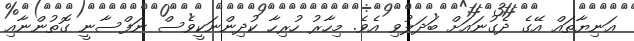
އަނިޔާތައް އޭގެ ދެގުނައަށް ބަދަލުވި އެވެ. މިހާރު ހުރިހާ ކުދިންނަކީވެސް ނަފްސާނީ ގޮތުންނާއި